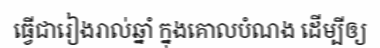
ធ្វើជារៀងរាល់ឆ្នាំ ក្នុងគោលបំណង ដើម្បីឲ្យ